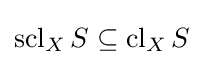
\operatorname {scl} _{X}S\subseteq \operatorname {cl} _{X}S